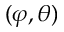
( \varphi , \theta )